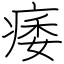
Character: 痿